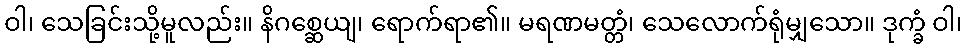
ဝါ၊ သေခြင်းသို့မူလည်း။ နိဂစ္ဆေယျ၊ ရောက်ရာ၏။ မရဏမတ္တံ၊ သေလောက်ရုံမျှသော။ ဒုက္ခံ ဝါ၊